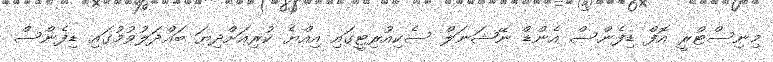
މިނިސްޓްރީ އޮފް ޑިފެންސް އެންޑް ނޭޝަނަލް ސެކިއުރިޓީގައި އިއްޔެ ކުރިއަށްދިޔަ ބައްދަލުވުމުގައި ޑިފެންސް